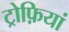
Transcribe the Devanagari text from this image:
ट्रोफ़ियां